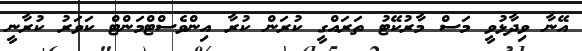
އޭނާ ވިދާޅުވީ މަސް މާރުކޭޓު ތަރައްގީ ކުރަން ކުރާ އިންވެސްޓްމަންޓް ކަވަރު ކުރާނީ